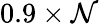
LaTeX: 0.9\times\mathcal{N}